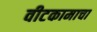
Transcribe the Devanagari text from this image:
वीटकामाचा